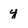
Character: y